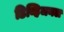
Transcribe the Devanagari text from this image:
डिव्हिजनल